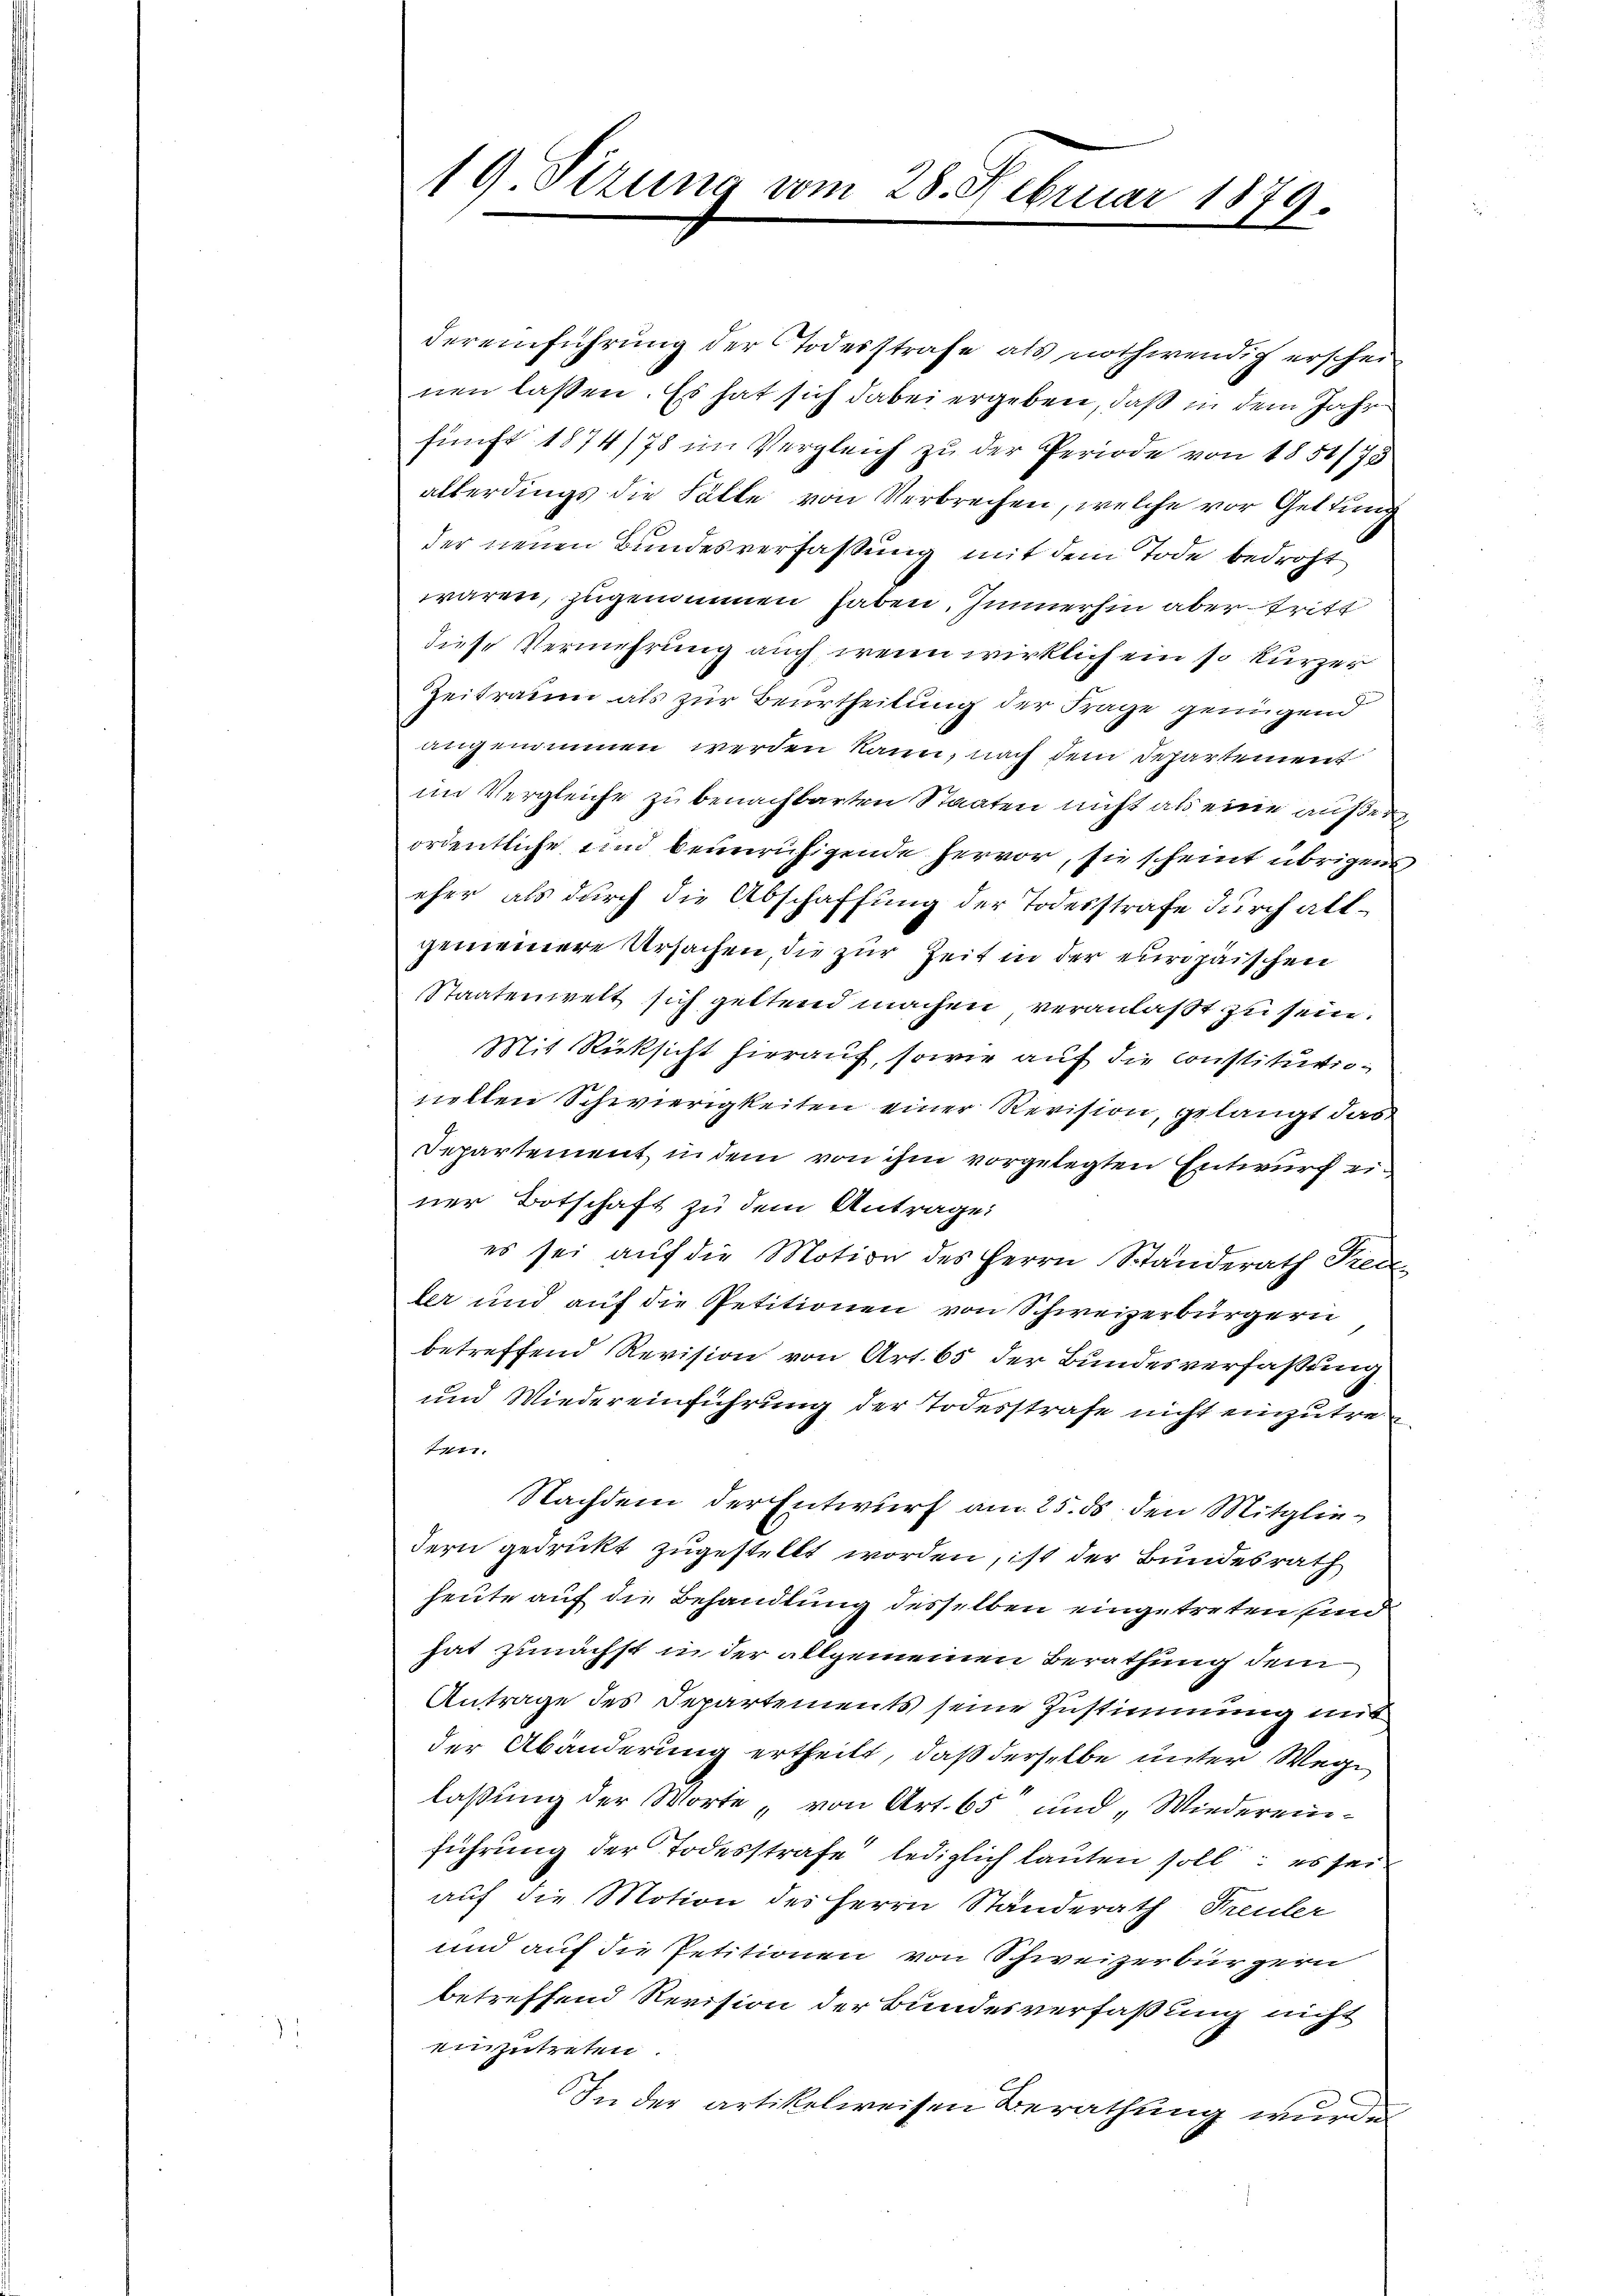
19 Sizung vom 28. Februar 1879.

dereinführung der Todesstrafe als nothwendig erschei
nen lassen. Es hat sich dabei ergeben, daß in dem Jahr
funft 1874/78 im Vergleich zu der Periode von 1851/75
allerdings die Fälle von Verbrechen, welche vor Geltung
der neuen Bundesverfassung mit dem Tode bedroht
waren, zugenommen haben. Immerhin aber tritt
diese Vermehrung auch wenn wirklich ein so kurzer
Zeitraum als zur Beurtheilung der Frage genügend
angenommen werden kann, nach dem Departement
im Vergleiche zu benachbarten Staaten nicht als eine außer
ordentliche sind beunruhigende hervor, sie scheint übrigens
eher als durch die Abschaffung der Todesstrafe durch allgemeinere Ursachen, die zur Zeit in der europäischen
Staatenwelt sich geltend machen veranlaßt zu sein.
Mit Rücksicht hierauf, sowie auf die Constitutionellen Schwierigkeiten einer Revision, gelangt das
Departement in dem von ihm vorgelegten Entwurf einer Botschaft zu dem Antrage:
es sei auf die Motion des Herrn Ständerath Predi-
ler und auf die Petitionen von Schweizerbürgern
betreffend Revision von Art. 65 der Bundesverfaßung
und Wiedereinführung der Todesstrafe nicht einzutre¬
7.
Nachdem der Entwurf am 25. ds den Mitgliedern gedruckt zugestellt worden, ist der Bundesrath
heute auf die Behandlung desselben eingetreten sind
hat zunächst in der allgemeinen Berathung dem
Antrage des Departements seine Zustimmung mit
der Abänderung ertheilt, daß derselbe unter Wege
laßung der Worte „von Art. 65 und „Wiedereinführung der Todesstrafe lediglich lauten soll: es sei
auf die Motion des Herrn Standerath Freuler
und auf die Petitionen von Schweizerbürgern
betreffend Revision der Bundesverfaßung nicht
einzutreten.
In der artikelweisen Berathung wurde